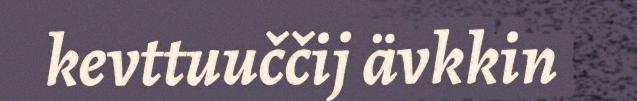
kevttuuččij ävkkin